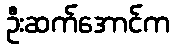
ဦးဆက်အောင်က